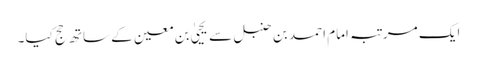
ایک مرتبہ امام احمد بن حنبل سے یحییٰ بن معین کے ساتھ حج کیا۔